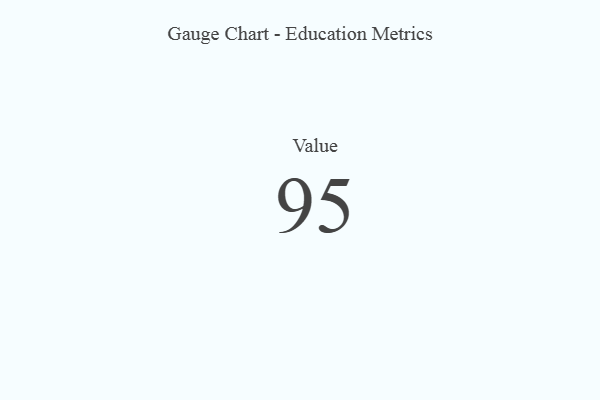
{"axis": {"x": "Metric", "y": "Value"}, "legend": [""], "data": [{"x": "Value", "y": 95, "type": ""}]}